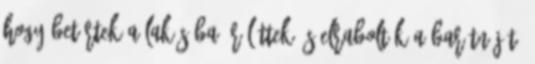
hogy betörtek a lakásába, rálőttek és elrabolták a barátnőjét.